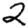
Digit: 2